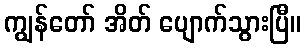
ကျွန်တော် အိတ် ပျောက်သွားပြီ။